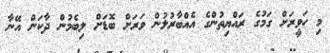
މި ހަވީރަށް ގަމުގެ ރައްޔިތުންގެ އެއްބާރުލުން ވަރަށް ބޮޑަށް ލިބެމުން ދާކަން އޭނާ